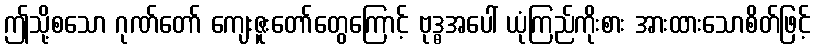
ဤသို့စသော ဂုဏ်တော် ကျေးဇူးတော်တွေကြောင့် ဗုဒ္ဓအပေါ် ယုံကြည်ကိုးစား အားထားသောစိတ်ဖြင့်